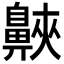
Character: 𪖨